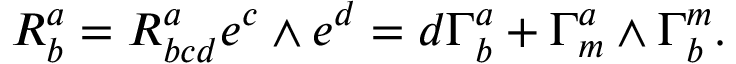
{ \cal R } _ { b } ^ { a } = R _ { b c d } ^ { a } e ^ { c } \wedge e ^ { d } = d \Gamma _ { b } ^ { a } + \Gamma _ { m } ^ { a } \wedge \Gamma _ { b } ^ { m } .